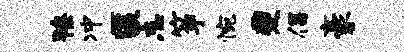
獠冲匿忘筝惋夔倡豪